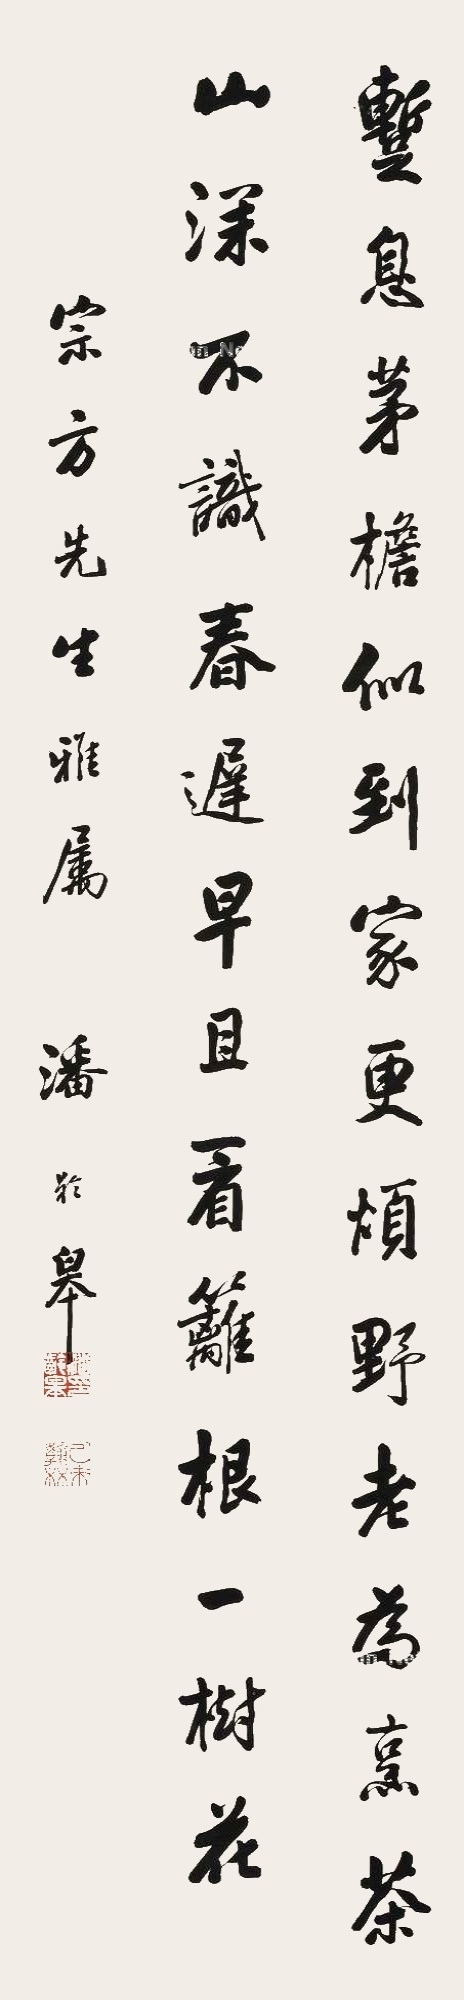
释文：暂息茅檐似到家，更烦野老为烹茶，山深不识春迟早，且看篱根一树花。宗方先生雅属，潘龄皋。